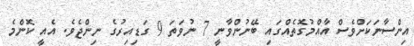
އިންސާނަކަށްވެސް އާއްމުގޮތެއްގައި ބޭނުންވާނީ 7 ނުވަތަ 9 ގަޑިއިރުގެ ނިންޖެވެ. އެއީ ކޮންމެ